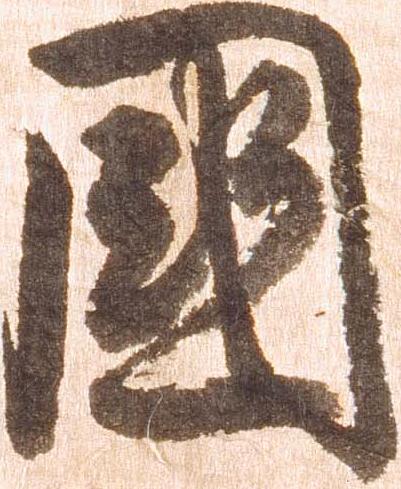
国